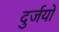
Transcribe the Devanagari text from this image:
दुर्जयो